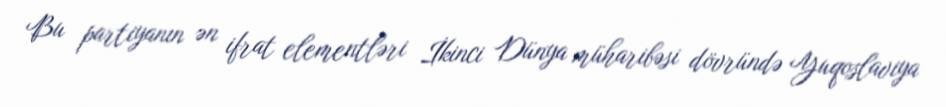
Bu partiyanın ən ifrat elementləri İkinci Dünya müharibəsi dövründə Yuqoslaviya